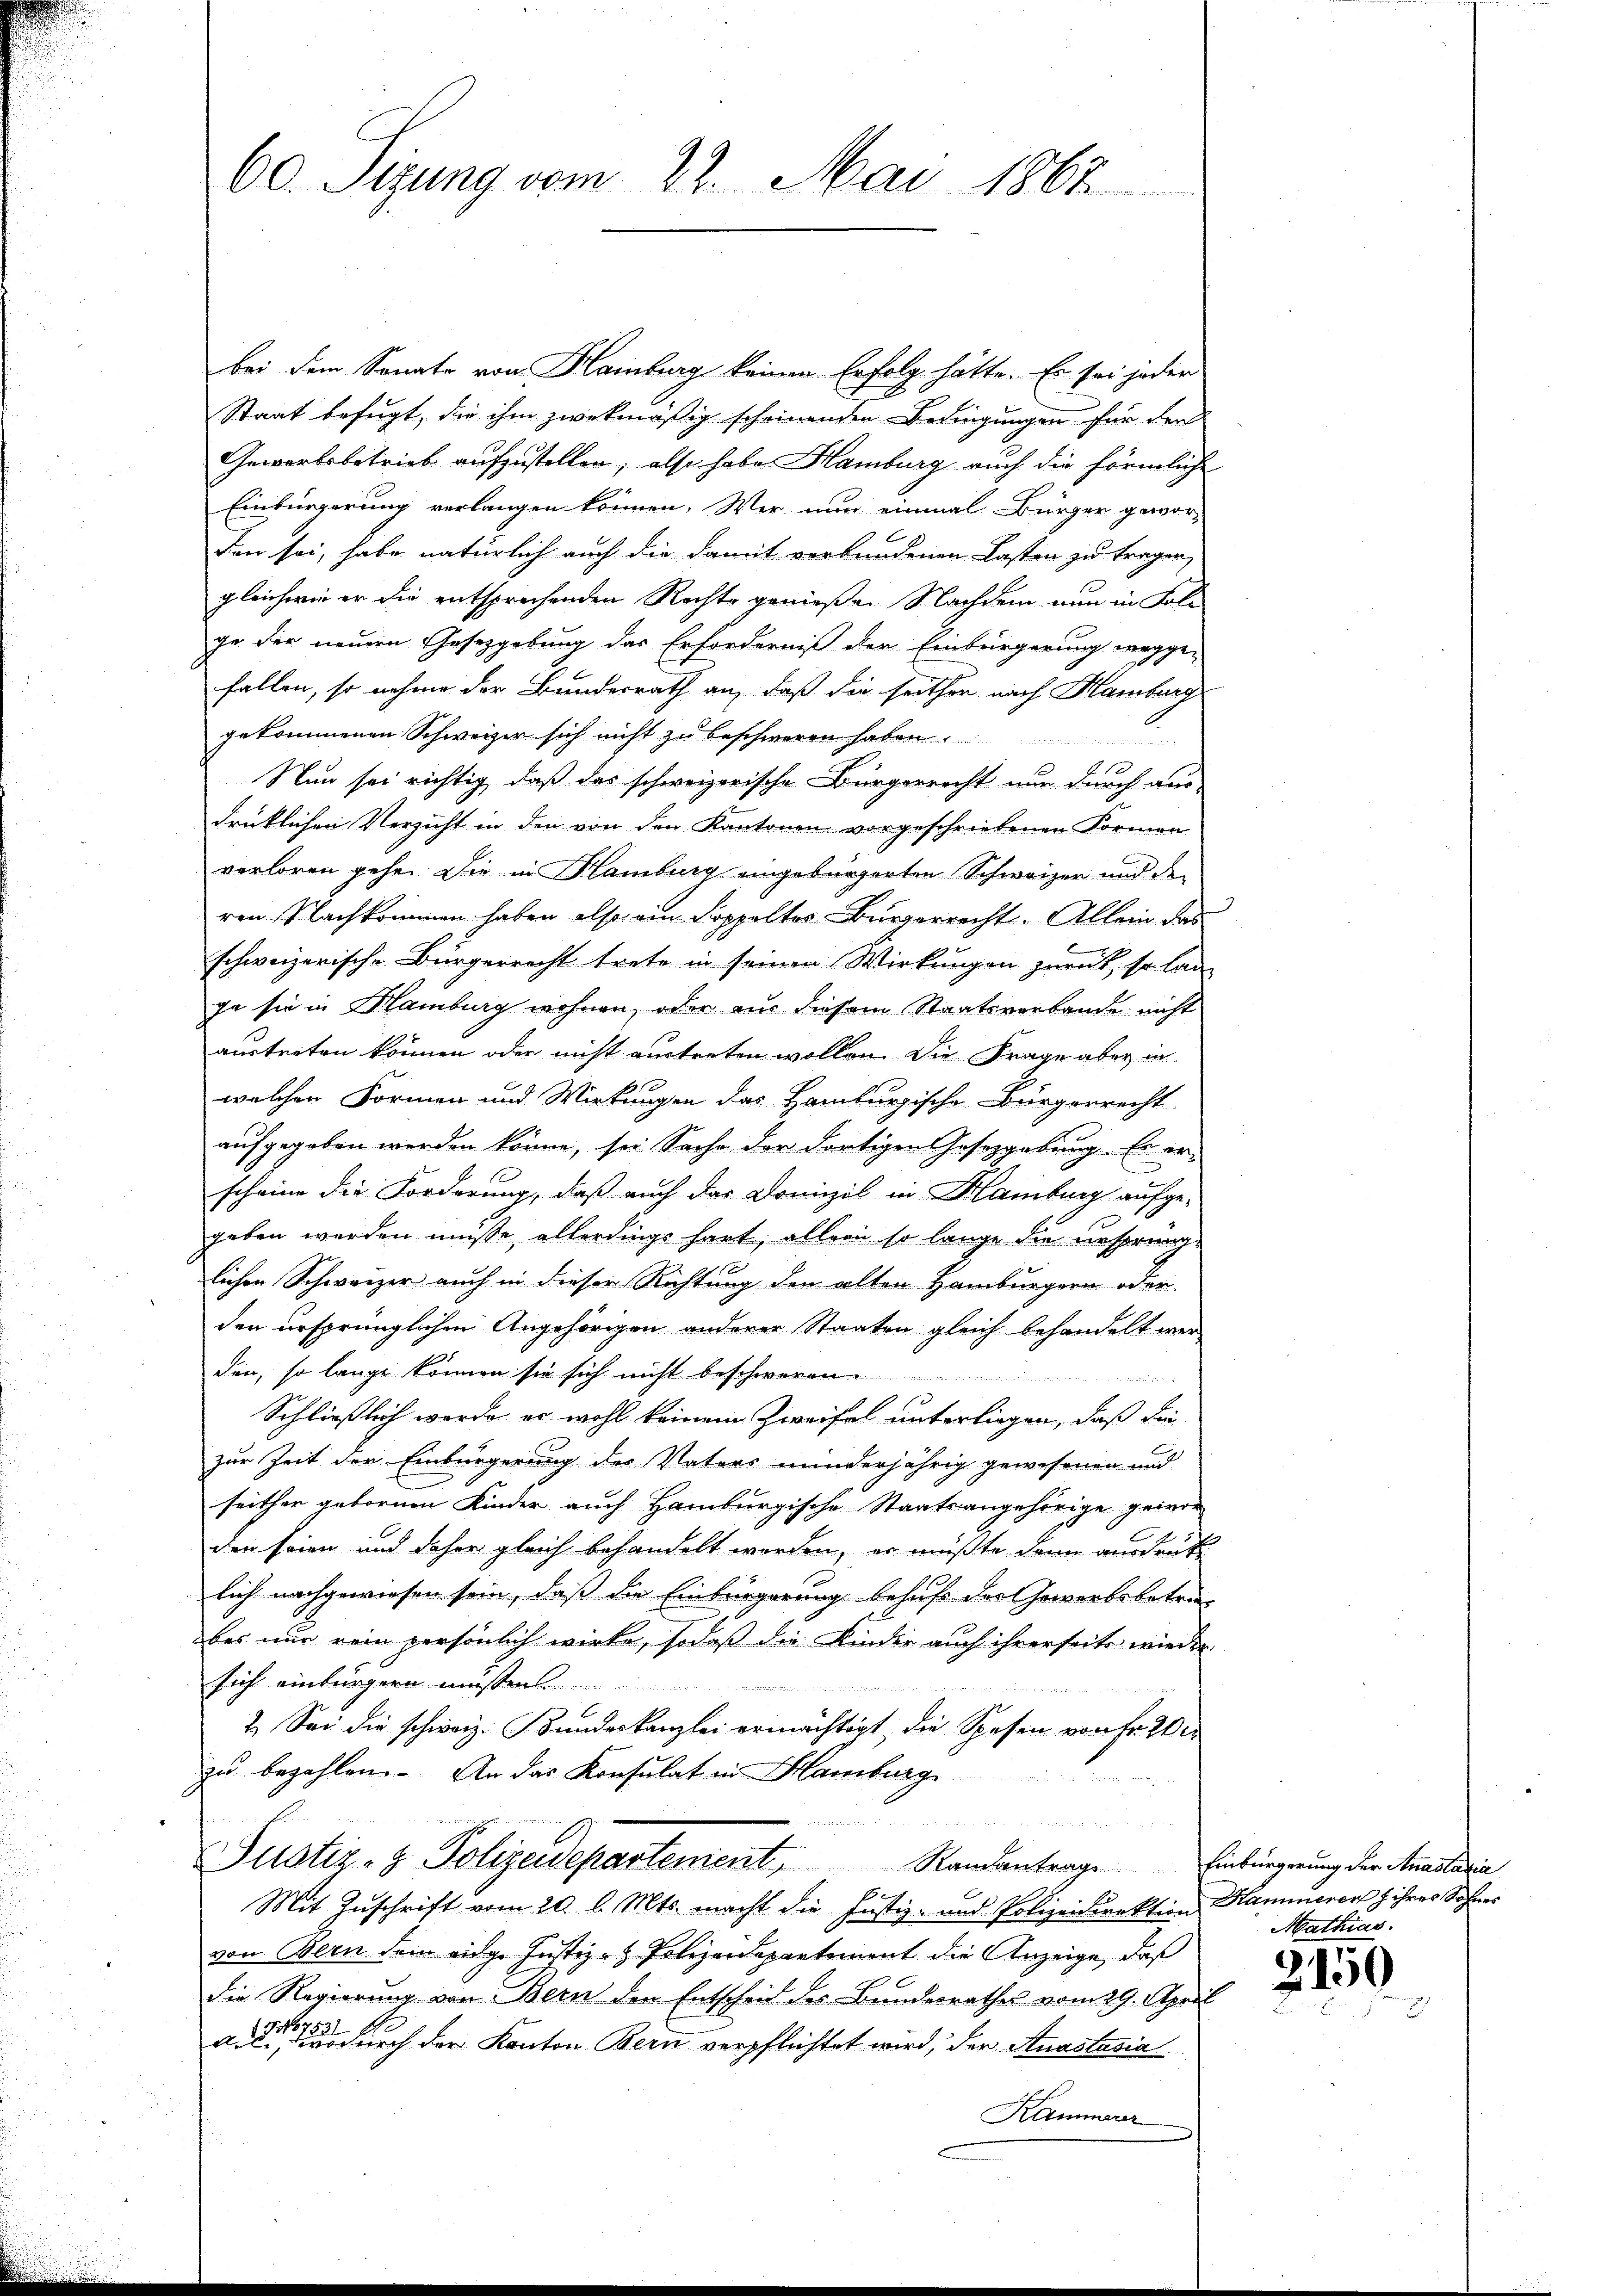
60. Sigung vom 22. Mai 1862

bei dem Senate von Hamburg keinen Erfolg hätte. Er sei jeder
Staat befugt, die ihm zwekmäßig scheinenden Bedingungen für den
Gewärtsbetrieb aufzustellen, also habe Hamburg auch die förmliche
Einbürgerung verlangen können. Wer nun einmal Bürger gewor-
don sei, habe natürlich auch die damit verbundenen Lasten zu tragen,
gleichwie er die entsprechenden Rechte genießen Nachdem nun in Foli
ge der neuern Gesetzgebung das Erforderniß der Einbürgerung wegge-
fallen, so nehme der Bundesrath an, daß die seithen nach Hamburg
gekommenen Schweizer sich nicht zu beschweren haben
10
Nun sei richtig, daß das schweizerische Bürgerrecht nur durch aus-
drücklichen Verzicht in den von den Kantonen vorgeschriebenen Formen
verloren gehe. Die in Hamburg eingebürgerten Schweizer und de
ren Nachkommen haben also ein Koppolter Bürgerrecht. Allein das
schweizerische Bürgerrecht trete in seinen Wirkungen zurück, so lan
ge sie in Mamburg wohnen, oder aus diesem Staatsverbande nicht
austreten können oder nicht austreten wollen. Die Frage aber in
welchen Formen und Wirkungen das Hamburgische Bürgerrecht
aufgegeben werden könne, sei Sache der dortigen Gesetzgebung. Es er-
scheine die Forderung, daß auch das Domizil in Hamburg aufge-
geben werden müsse allerdings hart, allein so lange die ursprunglichen Schweizer auch in dieser Richtung den alten Hamburgern oder
den ursprünglichen Angehörigen anderer Staaten gleich behandelt werden, so lange können sie sich nicht bes
Schließlich werde er wohl keinem Zweifel unterliegen, daß die
zur Zeit der Einbürgerung der Vaters minderjährig gewesenen und
seither gebornen Kinder auch Hamburgische Staatsangehörige geivor
den seien und daher gleich behandelt worden, er müßte dann ausdruck
lich nachgewiesen sein, daß die Einbürgerung behufe der Gewerbsbetra-
bes nur rein persönlich wirke, sodaß die Kinder auch ihrerseits wieder
sich einbürgern müssen
iner we
2. Sei die schweiz. Bundeskanzlei ermächtigt, die Spesen von Fr. 2 de
zu bezahlen. An das Konsulat in Hamburg
n
Justiz- & Polizeidepartement
Randantrag. Einbürgerung der Anastasia
f
Mit Zuschrift vom 20. l. Mts. macht die Justiz- und Polizeidirektion Hammeren & ihres Sohnes
von Bern dem eidg. Justiz- & Polizeidepartement die Anzeige, daß
die Regierung von Bern den Entscheid des Bundesrathes vom 29. April
1 No 753
aici, wodurch der Kanton Bern verpflichtet wird, der Anastasia
Kammerer

Mathias.

2150